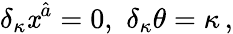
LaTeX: \delta_{\kappa}\mathit{x}^{\hat{{a}}}=0,\, \, \delta_{\kappa}\theta=\kappa\, ,